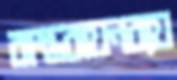
বাস্তবায়নব্যয়